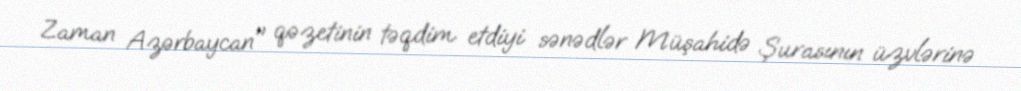
Zaman Azərbaycan" qəzetinin təqdim etdiyi sənədlər Müşahidə Şurasının üzvlərinə